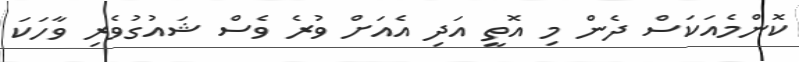
ކޮންމެއަކަސް ދެން މި އޮތީ އަދި އެއަށް ވުރެ ވެސް ޝައުގުވެރި ވާހަކަ